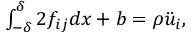
\begin{array} { r } { \int _ { - \delta } ^ { \delta } 2 f _ { i j } d x + b = \rho \ddot { u } _ { i } , } \end{array}